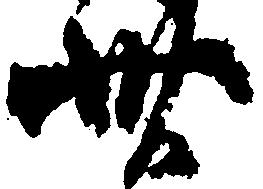
卅